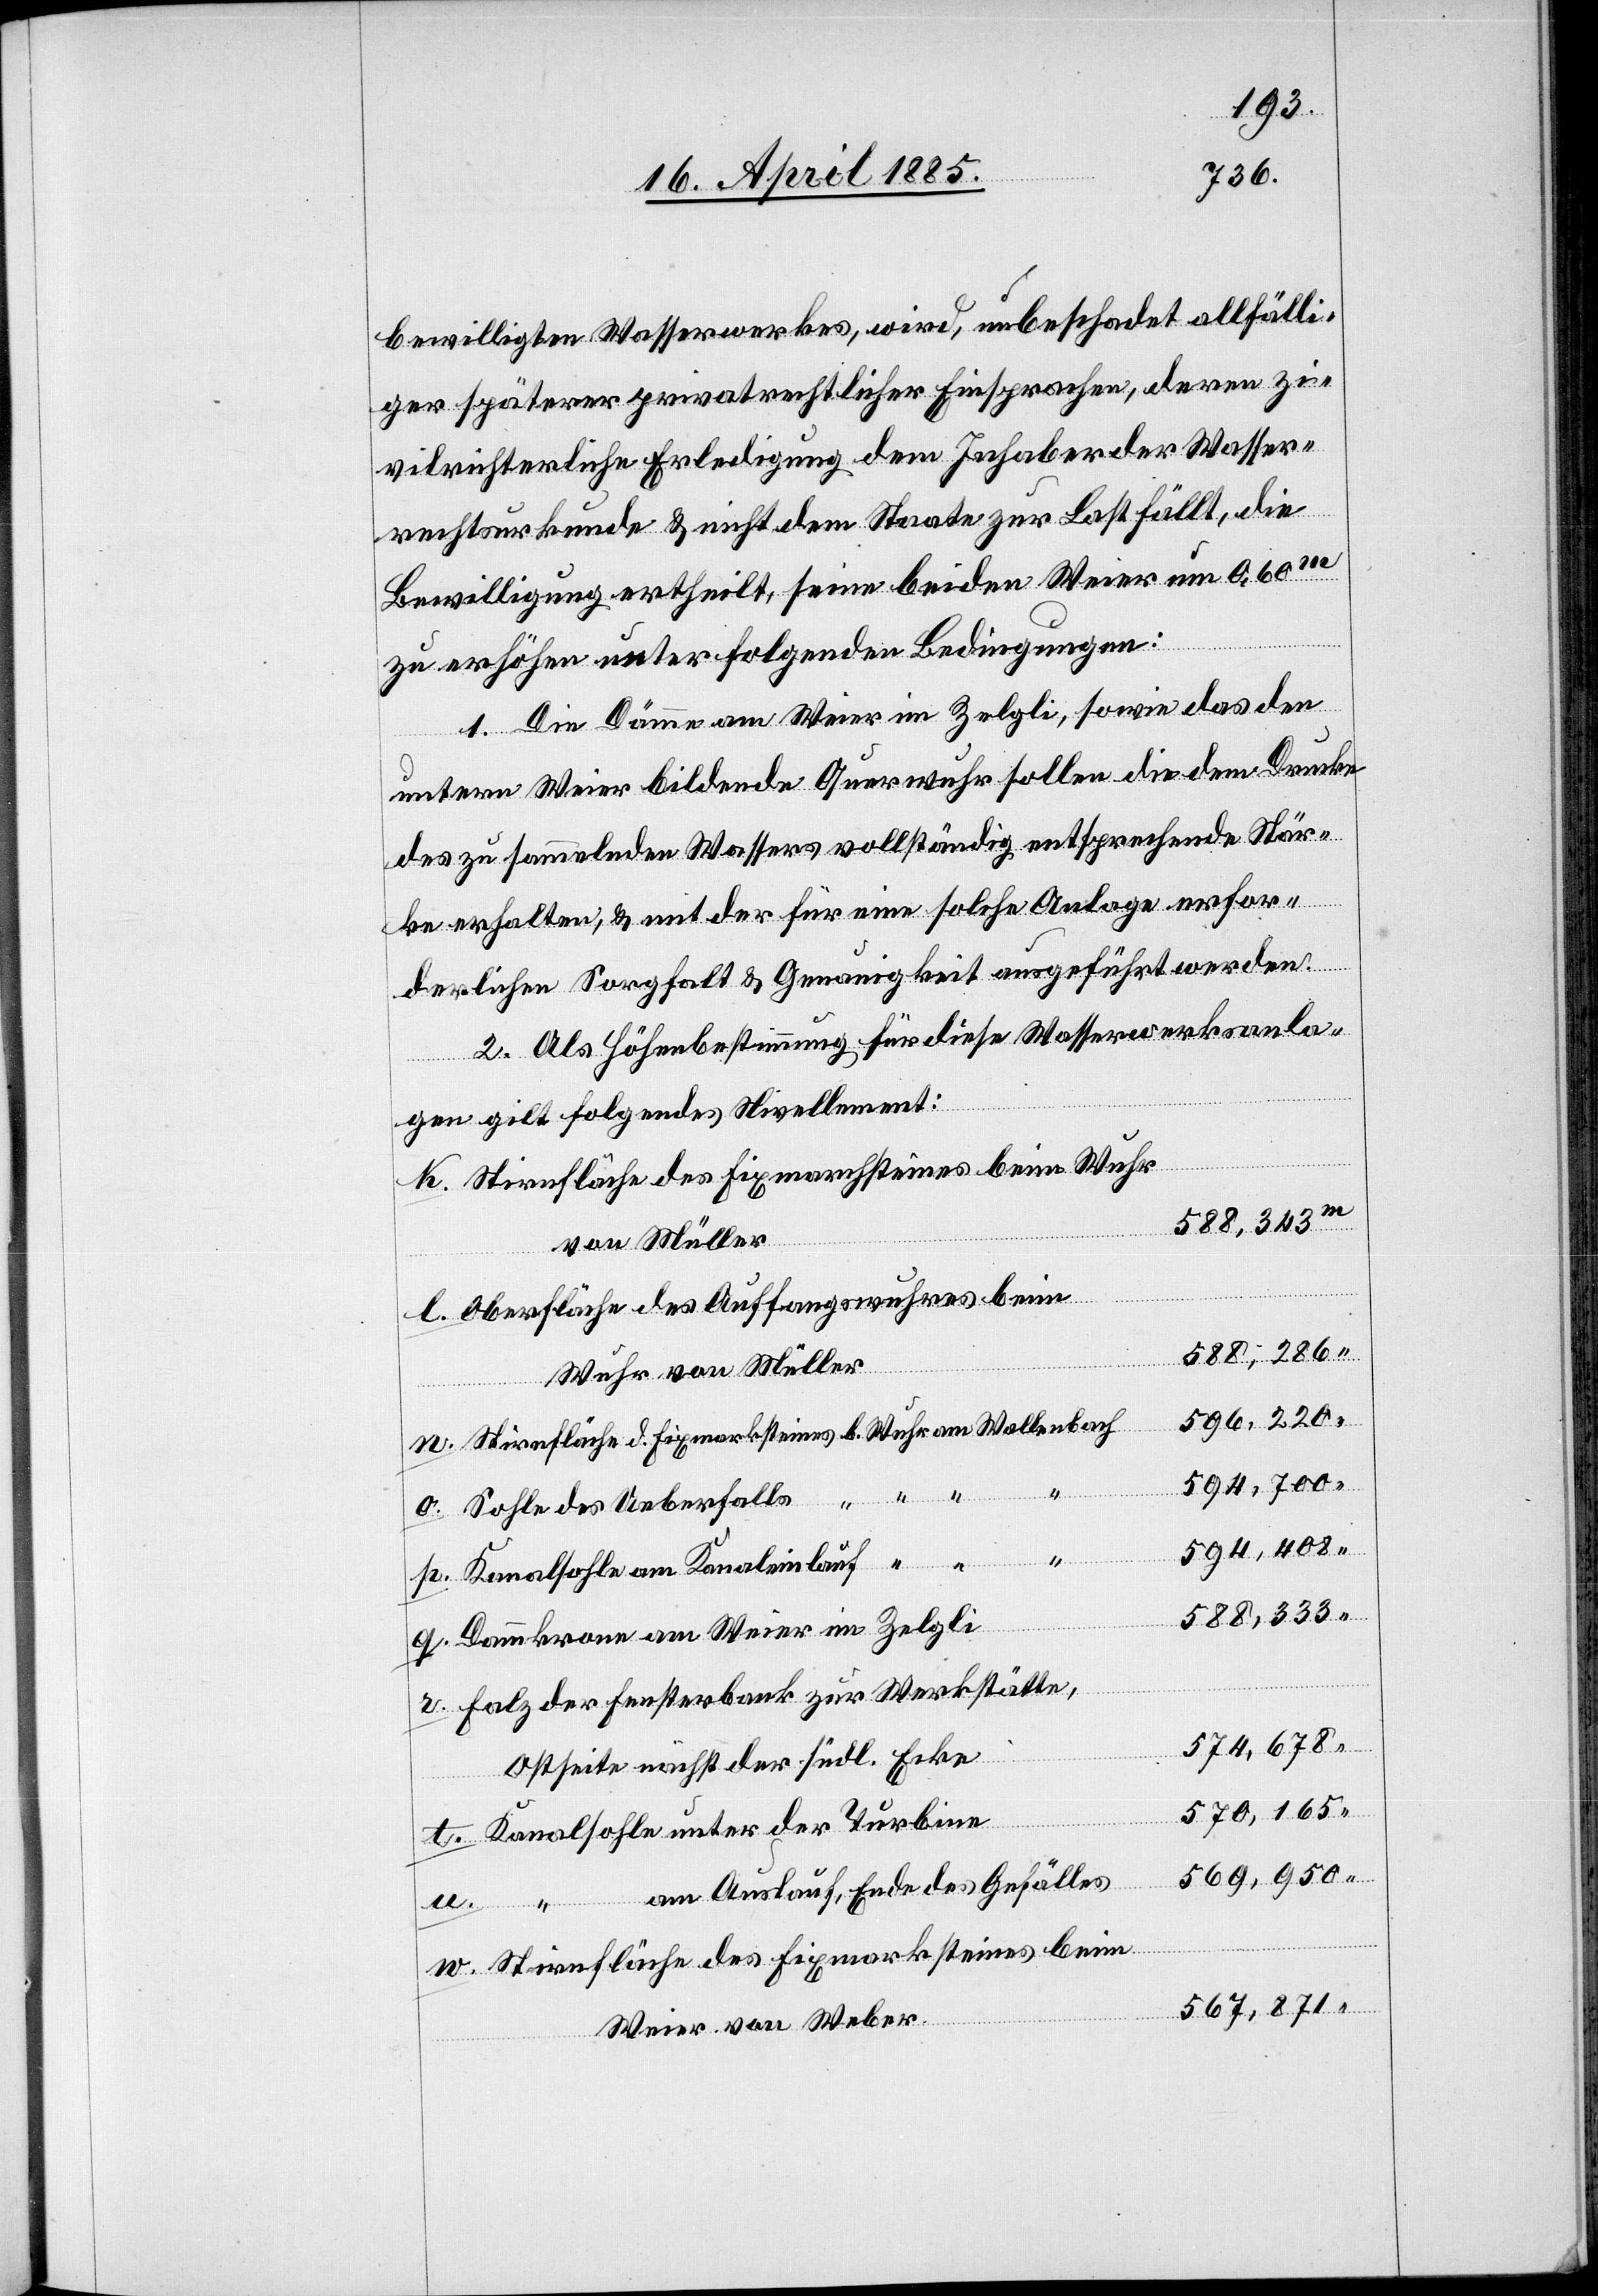
bewilligten Wasserwerkes, wird, unbeschadet allfälli¬
ger späterer privatrechtlicher Einsprachen, deren zi¬
vilrichterliche Erledigung dem Inhaber der Wasser¬
rechtsurkunde & nicht dem Staate zur Last fällt, die
Bewilligung ertheilt, seine beiden Weier um 0,60 m
zu erhöhen unter folgenden Bedingungen:
1. Die Dämme am Weier im Zelgli, sowie das den
untern Weier bildende Querwuhr sollen die dem Drucke
des zu sammelnden Wassers vollständig entsprechende Stär¬
Turbine
ke erhalten, & mit der für eine solche Anlage erfor¬
derlichen Sorgfalt & Genauigkeit ausgeführt werden.
2. Als Höhenbestimmung für diese Wasserwerksanla¬
ge gilt folgendes Nivellement:
Stirnfläche des Fixmarchsteines beim Wuhr
588.343
von Müller
Oberfläche des Auffangswuhres beim
588,286
Wuhr von Müller
594,700
594,408
Kanalsohle am Kanaleinlauf
588,333
Dammkrone am Weier im Zelgli
n.
Holz der Fensterbank zur Werkstätte,
574,678
v.
Ostseite nächst der südl. Ecke
570,165
“
569,950
am Auslauf, Ende des Gefälles
Stirnfläche des Fixmarchsteines beim
567,871
Weier von Weber